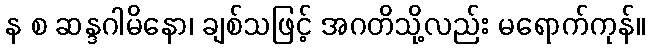
န စ ဆန္ဒဂါမိနော၊ ချစ်သဖြင့် အဂတိသို့လည်း မရောက်ကုန်။